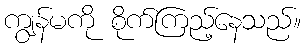
ကျွန်မကို စိုက်ကြည့်နေသည်။